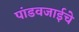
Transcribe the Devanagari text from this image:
पांडवजाईचे